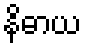
နိဓာယ